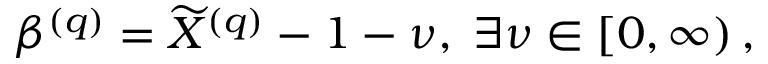
\begin{array} { r } { \beta ^ { \left( q \right) } = \widetilde { X } ^ { \left( q \right) } - 1 - \nu , \; \exists \nu \in \left[ 0 , \infty \right) , } \end{array}